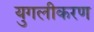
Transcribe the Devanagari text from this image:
युगलीकरण